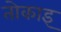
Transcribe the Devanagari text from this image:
तोकाइ